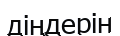
діңдерін